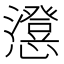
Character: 𭟕